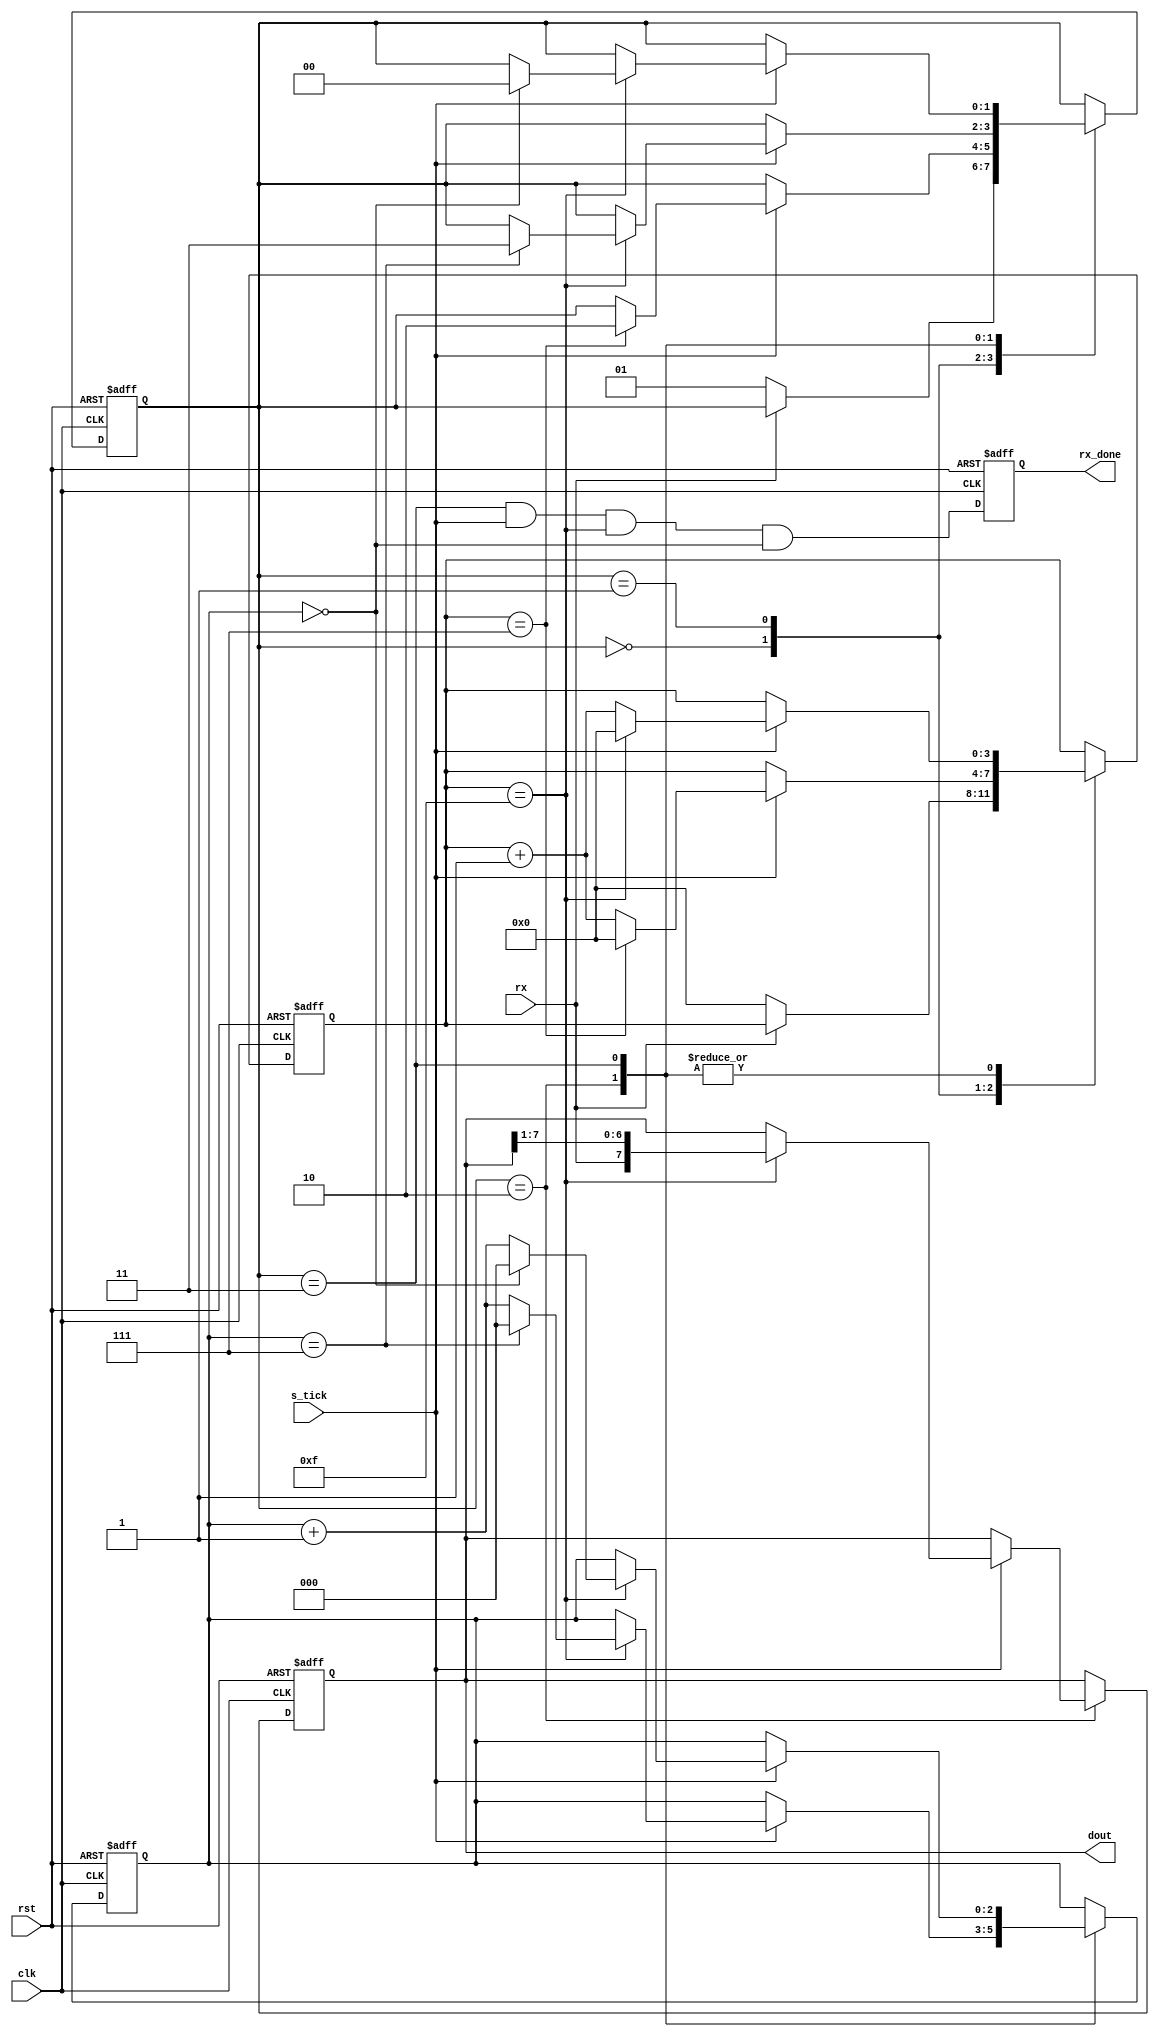
module 	UART_RX(clk,
				rst,
				rx,
				rx_done,
				dout,
				s_tick);
				
input clk;
input rst;
input s_tick;
input rx;


parameter DBITS = 8;
parameter SBITS = 1;

output [DBITS - 1 : 0] dout;
output rx_done;

localparam	IDLE 	= 2'b00;
localparam	START	= 2'b01;
localparam	DATA	= 2'b10;
localparam	STOP	= 2'b11 ;


reg [3:0] s_tick_count;
reg [2:0] dbits_count;
reg [1:0] state_reg;
reg [DBITS - 1 : 0] rx_reg;
reg done_reg;

always@(posedge clk,negedge rst)
if(!rst)begin 
	state_reg <= IDLE ; 
	dbits_count <= 0 ;
	s_tick_count <= 0;
	rx_reg <= 0;
	end
else
	case(state_reg)
	
	IDLE			:			begin
									if(!rx) begin 
										state_reg <= START;
										s_tick_count <= 0;
									end
								end
	
	START			:			begin
									if(s_tick)
										if(s_tick_count == 7)begin
											s_tick_count <= 0;
											state_reg <= DATA;
										end
										else
											s_tick_count <= s_tick_count + 1; 
								end
	
	DATA			:			begin
									if(s_tick)
										if(s_tick_count == 15)begin
											s_tick_count <= 0;
											rx_reg <= {rx,rx_reg[7:1]};
											if(dbits_count == DBITS - 1)begin 
												state_reg <= STOP;
												dbits_count <= 0;
											end
											else
												dbits_count <= dbits_count + 1;
										end
										else
											s_tick_count <= s_tick_count + 1; 										
								end
								
	STOP			:			begin
									if(s_tick)
										if(s_tick_count == 15)begin
											s_tick_count <= 0;
											if(dbits_count == SBITS - 1)begin 
												state_reg <= IDLE;
												dbits_count <= 0 ;
											end
											else 
												dbits_count <= dbits_count + 1; 
										end
										else
											s_tick_count <= s_tick_count + 1; 
								end
	endcase

always@(posedge clk ,negedge rst) 
if(!rst) done_reg <= 0 ;
else done_reg <= (state_reg == STOP) && (s_tick) && (s_tick_count == 15) && (dbits_count == SBITS - 1);

assign rx_done = done_reg;
assign dout    = rx_reg;

endmodule